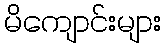
မိကျောင်းများ